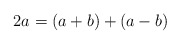
\begin{align*}2a = (a + b) + (a - b)\end{align*}